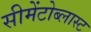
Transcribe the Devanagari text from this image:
सीमेंटोब्लास्ट